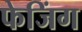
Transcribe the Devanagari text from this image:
फेजिंग